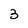
Character: 3